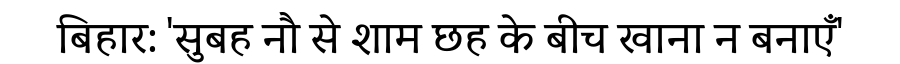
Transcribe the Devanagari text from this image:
बिहार: 'सुबह नौ से शाम छह के बीच खाना न बनाएँ'